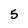
Character: 5